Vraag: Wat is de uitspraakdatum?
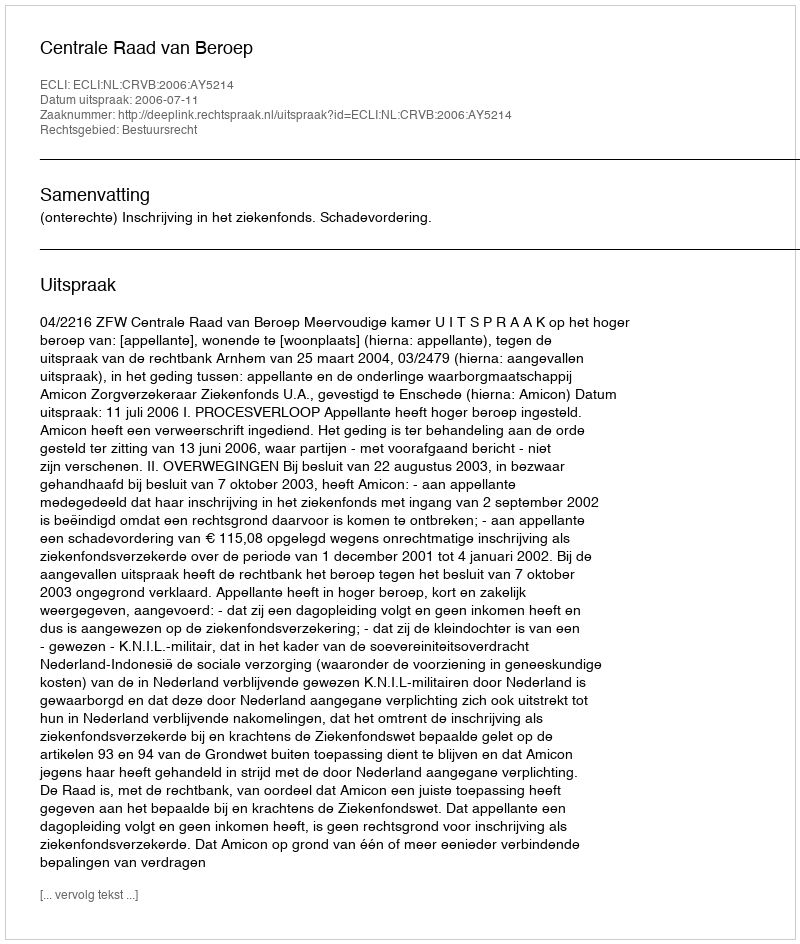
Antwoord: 2006-07-11